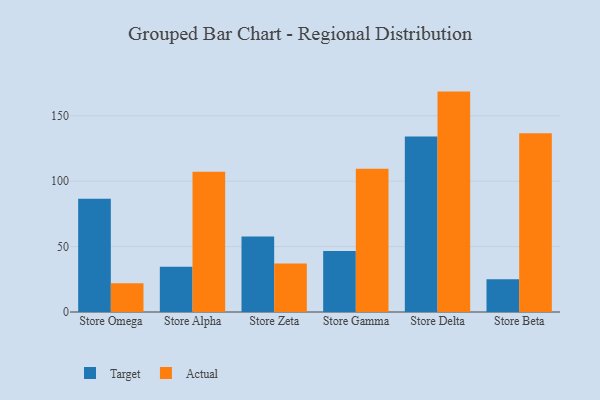
{"axis": {"x": "Store", "y": "Production Output"}, "legend": ["Actual", "Target"], "data": [{"x": "Store Omega", "y": 86.6, "type": "Target"}, {"x": "Store Omega", "y": 22.0, "type": "Actual"}, {"x": "Store Alpha", "y": 34.5, "type": "Target"}, {"x": "Store Alpha", "y": 107.2, "type": "Actual"}, {"x": "Store Zeta", "y": 57.7, "type": "Target"}, {"x": "Store Zeta", "y": 37.1, "type": "Actual"}, {"x": "Store Gamma", "y": 46.7, "type": "Target"}, {"x": "Store Gamma", "y": 109.5, "type": "Actual"}, {"x": "Store Delta", "y": 134.2, "type": "Target"}, {"x": "Store Delta", "y": 168.5, "type": "Actual"}, {"x": "Store Beta", "y": 25.0, "type": "Target"}, {"x": "Store Beta", "y": 136.6, "type": "Actual"}]}